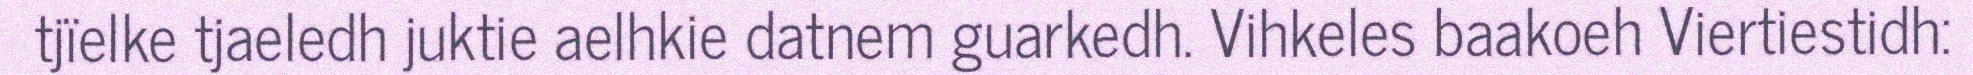
tjïelke tjaeledh juktie aelhkie datnem guarkedh. Vihkeles baakoeh Viertiestidh: